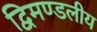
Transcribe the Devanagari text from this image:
द्विमण्डलीय